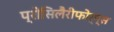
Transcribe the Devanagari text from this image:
प्रोसिलैरीफोर्म्स